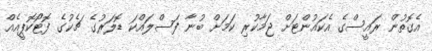
އެގޮތުން ރައީސްގެ އެކައުންޓަށް ޖަމާކުރި ކަމަށް ބުނާ ފަސްލައްކަ ޑޮލަރުގެ ޗެކުގެ ފޮޓޯކޮޕީއެއް